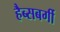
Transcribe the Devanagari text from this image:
हैब्सबर्गी